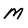
Character: m